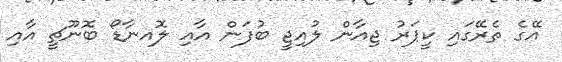
އޭގެ ތެރޭގައި ކީޕަރު ޖިއާން ލުއިޖީ ބުފަން އާއި ލޮއނާޑޯ ބޮނޫޗީ އާއި